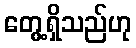
တွေ့ရှိသည်ဟု